Senior Leaving Certificate Examination (including Day School Certificate (Higher) General paper), 1948
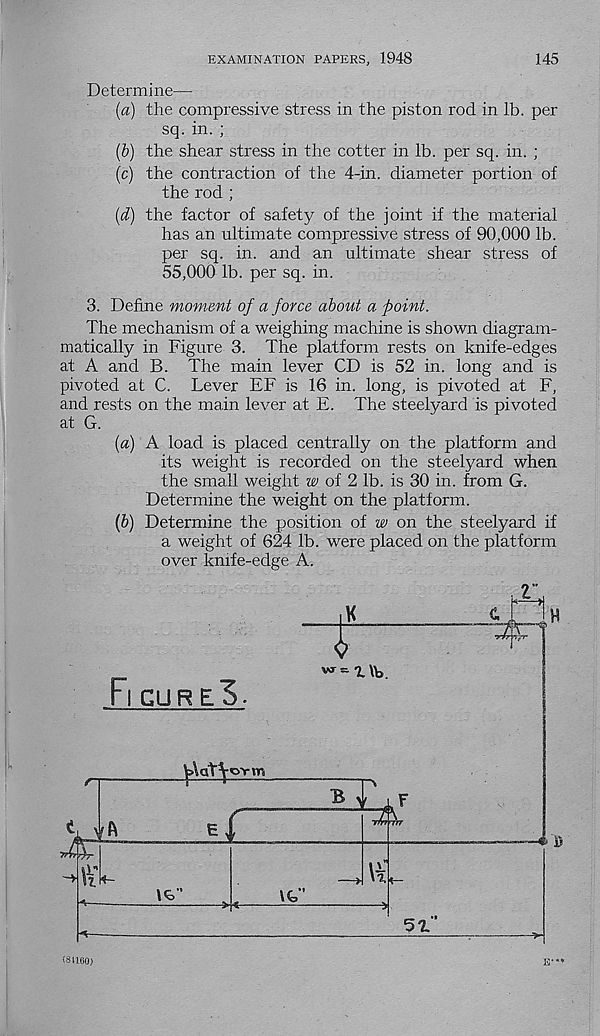
EXAMINATION PAPERS, 1948
145
Determine—
(a) the compressive stress in the piston rod in lb. per
sq. in. ;
(b) the shear stress in the cotter in lb. per sq. in. ;
(c) the contraction of the 4-in. diameter portion of
the rod ;
(d) the factor of safety of the joint if the material
has an ultimate compressive stress of 90,000 lb.
per sq. in. and an ultimate shear stress of
55,000 lb. per sq. in.
3. Define moment of a force about a point.
The mechanism of a weighing machine is shown diagram-
matically in Figure 3. The platform rests on knife-edges
at A and B. The main lever CD is 52 in. long and is
pivoted at C. Lever EF is 16 in. long, is pivoted at F,
and rests on the main lever at E. The steelyard is pivoted
at G.
[a) A load is placed centrally on the platform and
its weight is recorded on the steelyard when
the small weight w of 2 lb. is 30 in. from G.
Determine the weight on the platform.
(&) Determine the position of w on the steelyard if
a weight of 624 lb. were placed on the platform
over knife-edge A.
Fi cu r e.3
aTtovm
vA
tG
f
\C”
\T
S'L"
‘“1
(8U60)
U'**